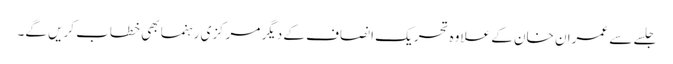
جلسے سے عمران خان کے علاوہ تحریک انصاف کے دیگر مرکزی رہنما بھی خطاب کریں گے۔